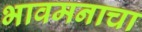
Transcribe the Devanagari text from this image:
भावमनाचा